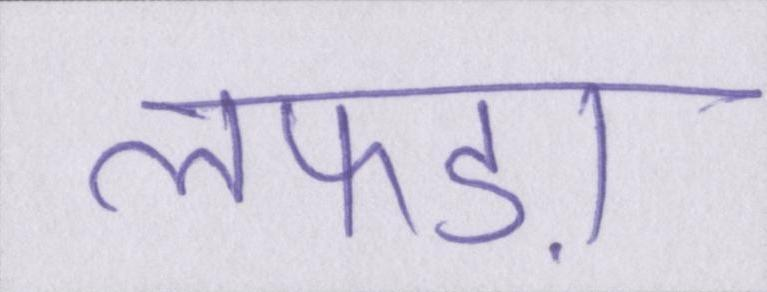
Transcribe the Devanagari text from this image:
लफड़ा